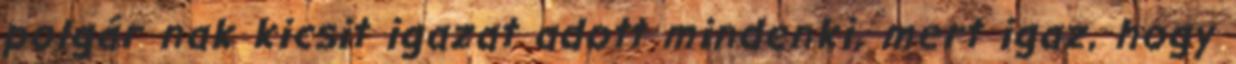
polgár nak kicsit igazat adott mindenki, mert igaz, hogy